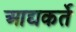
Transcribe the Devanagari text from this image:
आद्यकर्ते